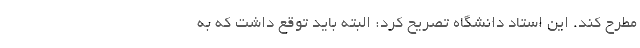
مطرح کند. این استاد دانشگاه تصریح کرد: البته باید توقع داشت که به